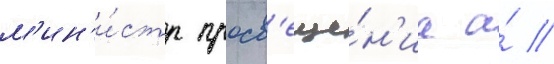
м'ин'и́стр просв'еще́н'иа а́ //